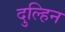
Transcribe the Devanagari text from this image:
दुल्हिन